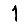
Digit: 1